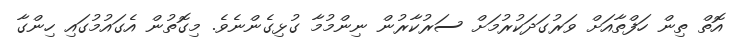
އޮތް ތިން ހަފްތާއަށް ވަރުގަދަކުރުމަށް ސަރުކާރުން ނިންމުމާ ގުޅިގެންނެވެ. މިގޮތުން އެގައުމުގައި ހިންގާ